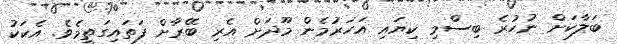
ބަލާކަށް ނުހުރެ ބިސްމި ކިޔައި އަހަރުމެން މޫދަށް އެރި ބޭރާށް ފަތައިގަތީމެވެ. އެކަކު